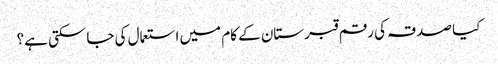
کیا صدقہ کی رقم قبرستان کے کام میں استعمال کی جاسکتی ہے؟